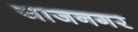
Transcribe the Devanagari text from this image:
जाजनगर